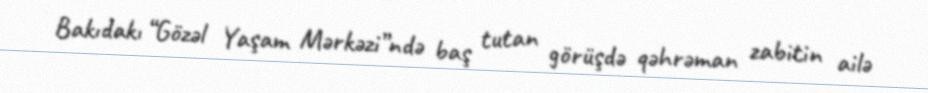
Bakıdakı “Gözəl Yaşam Mərkəzi”ndə baş tutan görüşdə qəhrəman zabitin ailə